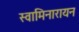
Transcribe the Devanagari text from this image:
स्वामिनारायन